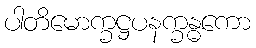
ပါတိမောက္ခဋ္ဌပနက္ခန္ဓကော